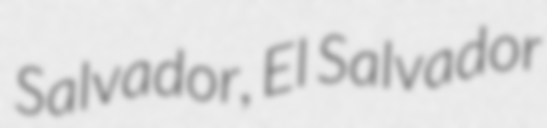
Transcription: Salvador, El Salvador